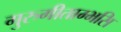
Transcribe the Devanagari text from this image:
गुरुगीताम्भसि